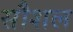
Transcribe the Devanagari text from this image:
सौशल